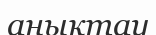
аңықтау